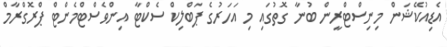
އެޑިއުކޭޝަން މިނިސްޓްރީން ބުނާ ގޮތުގައި މި އަހަރުގެ ޕަބްލިކް ސެކްޓާ އިންވެސްޓްމެންޓް ޕްރޮގްރާމް